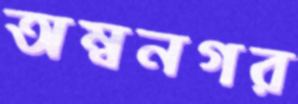
অম্বনগর